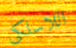
اللاسلكى